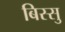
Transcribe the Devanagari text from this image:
बिस्सु